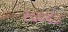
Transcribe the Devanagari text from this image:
१६०६८